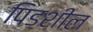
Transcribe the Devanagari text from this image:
पिडशील